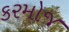
કરમોજ